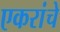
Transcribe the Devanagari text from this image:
एकरांचे